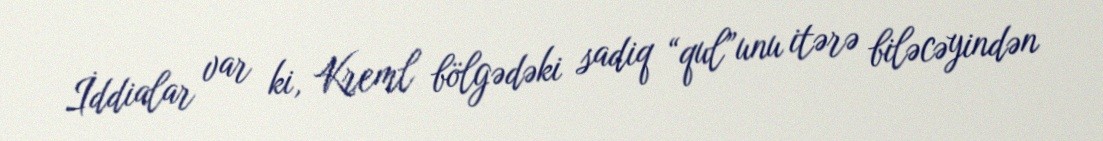
İddialar var ki, Kreml bölgədəki sadiq “qul”unu itərə biləcəyindən